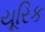
યૂરિક